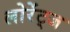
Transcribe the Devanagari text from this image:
लोरेंट्ज